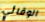
الوقائي